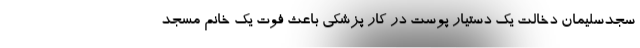
سجدسلیمان دخالت یک دستیار پوست در کار پزشکی باعث فوت یک خانم مسجد